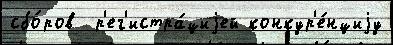
сбо́ров  р'ег'истра́циjей конкур'е́нциjу